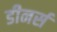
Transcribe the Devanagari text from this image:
डीनर्स